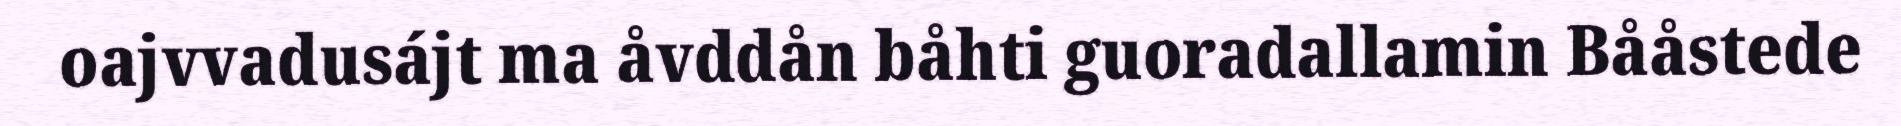
oajvvadusájt ma åvddån båhti guoradallamin Bååstede